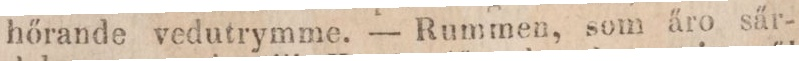
hőrande vedutrymme. — Rummen, som äro sär-